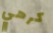
كرهي